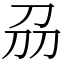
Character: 刕